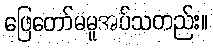
ဖြေတော်မမူအပ်သတည်း။